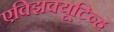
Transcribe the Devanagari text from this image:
एक्झिक्यूटिव्ह